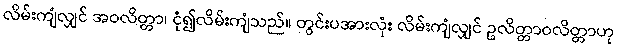
လိမ်းကျံလျှင် အဝလိတ္တာ၊ ငုံ၍လိမ်းကျံသည်။ တွင်းပအားလုံး လိမ်းကျံလျှင် ဥလိတ္တာဝလိတ္တာဟု